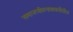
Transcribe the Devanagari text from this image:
समाजजीवनाबाबतीतील